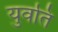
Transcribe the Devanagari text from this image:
युवति